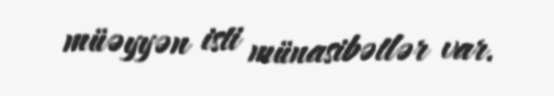
müəyyən isti münasibətlər var.